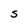
Character: s